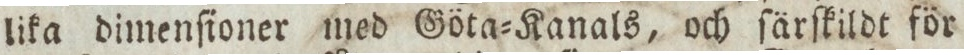
lika dimenſioner med Göta=Kanals, och ſärſkildt för